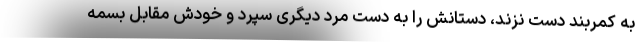
به کمربند دست نزند، دستانش را به دست مرد دیگری سپرد و خودش مقابل بسمه